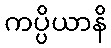
ကပ္ပိယာနိ